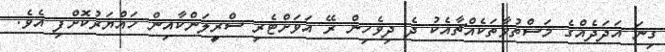
ގިނަ އަދަދެއްގެ މަސްތުވާތަކެއްޗާއެކު ދެ ދިވެހިން ރޭ އަވަށްޓެރި ސްރީލަންކާއިން ހައްޔަރުކޮށްފި އެވެ.